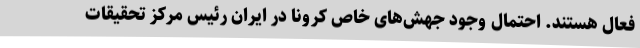
فعال هستند. احتمال وجود جهش‌های خاص کرونا در ایران رئیس مرکز تحقیقات